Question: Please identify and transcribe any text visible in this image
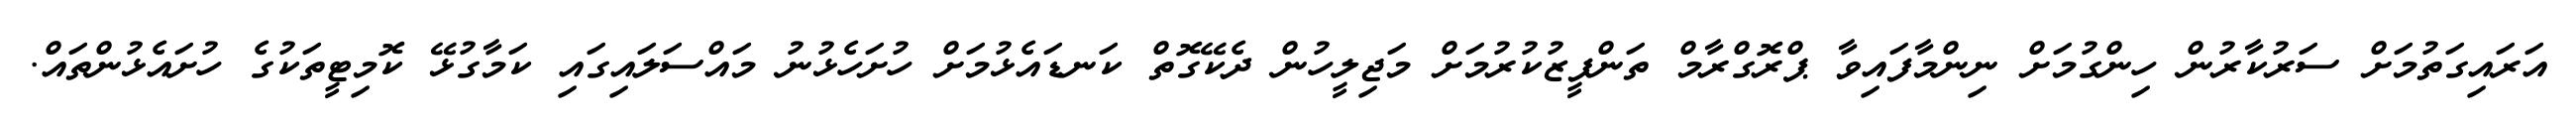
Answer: އަރައިގަތުމަށް ސަރުކާރުން ހިންގުމަށް ނިންމާފައިވާ ޕްރޮގްރާމް ތަންފީޒުކުރުމަށް މަޖިލީހުން ދެކޭގޮތް ކަނޑައެޅުމަށް ހުށަހެޅުނު މައްސަލައިގައި ކަމާގުޅޭ ކޮމިޓީތަކުގެ ހުށައެޅުންތައް.